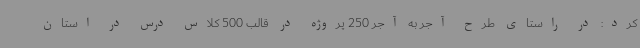
کرد: در راستای طرح آجر به آجر 250 پروژه در قالب 500 کلاس درس در استان